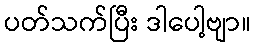
ပတ်သက်ပြီး ဒါပေါ့ဗျာ။